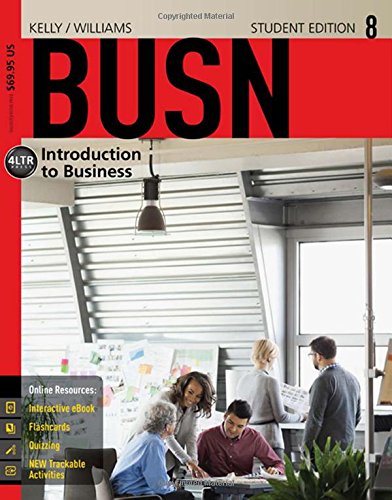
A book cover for BUSN 8 (New, Engaging Titles from 4LTR Press); Marcella Kelly; Business & Money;